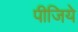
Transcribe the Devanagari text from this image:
पीजिये